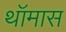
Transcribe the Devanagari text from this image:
थॉमास